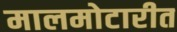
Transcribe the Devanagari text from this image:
मालमोटारीत